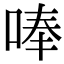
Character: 唪